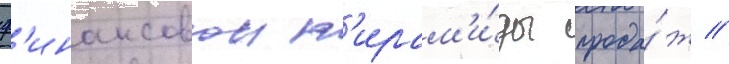
ф'инансовои п'ирам'и́ды прода́ж //